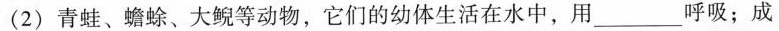
(2)青蛙、蟾蜍、大鲵等动物，它们的幼体生活在水中，用___呼吸；成